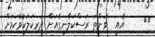
٩١     އެއީ  ވަންތަ ރަސްކަލާނގެއަށް ދަރިކަލަކުވާކަމަށް